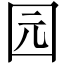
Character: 园